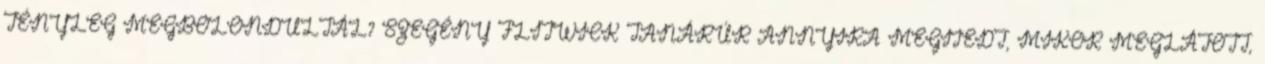
TÉNYLEG MEGBOLONDULTÁL? SZEGÉNY FLITWICK TANÁRÚR ANNYIRA MEGIJEDT, MIKOR MEGLÁTOTT,